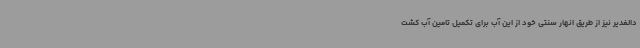
دالغدیر نیز از طریق انهار سنتی خود از این آب برای تکمیل تامین آب کشت